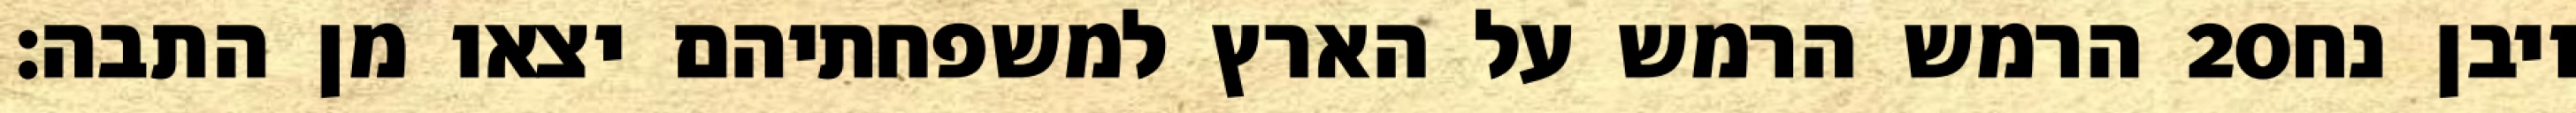
הרמש הרמש על הארץ למשפחתיהם יצאו מן התבה׃ ‎20‏ ויבן נח